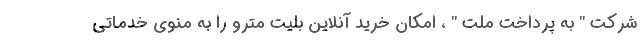
شرکت " به پرداخت ملت " ، امکان خرید آنلاین بلیت مترو را به منوی خدماتی